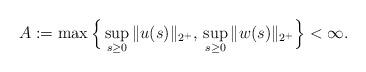
LaTeX: \begin{align*}A:=\max\Big\{\sup_{s\geq0}\|u(s)\|_{2^{+}},\,\sup_{s\geq0}\|w(s)\|_{2^{+}}\Big\}<\infty.\end{align*}